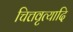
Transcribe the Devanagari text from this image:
चित्तवृत्यादि